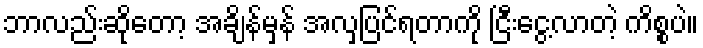
ဘာလည်းဆိုတော့ အချိန်မှန် အလှပြင်ရတာကို ငြီးငွေ့လာတဲ့ ကိစ္စပဲ။